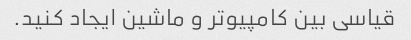
قیاسی بین کامپیوتر و ماشین ایجاد کنید.